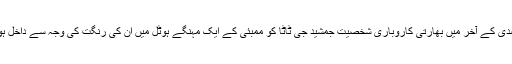
کہا جاتا ہے کہ انیسویں صدی کے آخر میں بھارتی کاروباری شخصیت جمشید جی ٹاٹا کو ممبئی کے ایک مہنگے ہوٹل میں ان کی رنگت کی وجہ سے داخل ہونے سے روک دیا گیا تھا۔